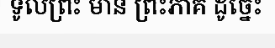
ទូលព្រះ មាន ព្រះភាគ ដូច្នេះ